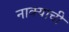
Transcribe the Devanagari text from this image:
नाक्याची